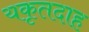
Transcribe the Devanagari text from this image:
यकृतदाह